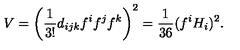
V = \left( { \frac { 1 } { 3 ! } } d _ { i j k } f ^ { i } f ^ { j } f ^ { k } \right) ^ { 2 } = \frac { 1 } { 3 6 } ( f ^ { i } H _ { i } ) ^ { 2 } .